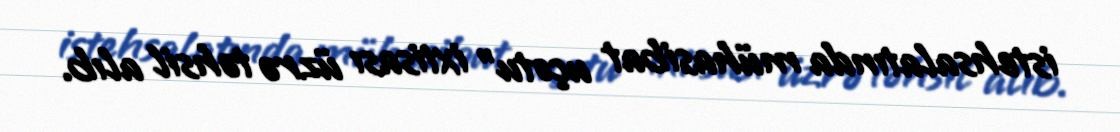
istehsalatında mühasibat uçotu" ixtisası üzrə təhsil alıb.